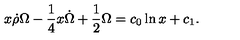
x \dot { \rho } \Omega - \frac { 1 } { 4 } x \dot { \Omega } + \frac { 1 } { 2 } \Omega = c _ { 0 } \ln x + c _ { 1 } .